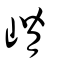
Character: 嵴